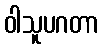
ဝါသူပဂတာ